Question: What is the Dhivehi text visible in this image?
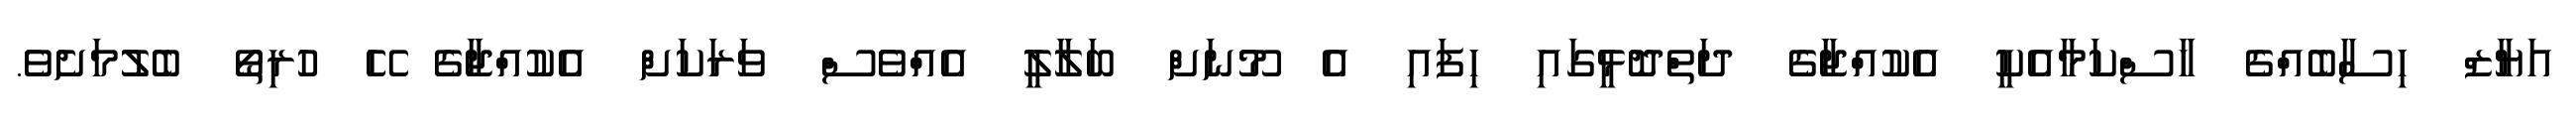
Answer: އަޔާޒް ހިސާބެއްގެ ހާސްކަމާއެކީ އެކުއްޖާގެ ދަތްދޮޅީގައި ހިފައި އެ މޫނަށް ބަލާލީ އެއްވެސް ވަރަކަށް އެކުއްޖާގެ ހޭ ހުރިތޯ ބެލުމަށެވެ.